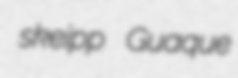
skeipp Guaque